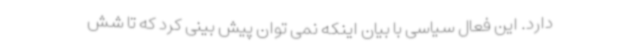
دارد. این فعال سیاسی با بیان اینکه نمی توان پیش بینی کرد که تا شش